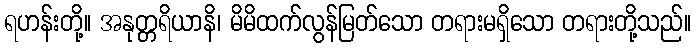
ရဟန်းတို့။ အနုတ္တရိယာနိ၊ မိမိထက်လွန်မြတ်သော တရားမရှိသော တရားတို့သည်။